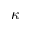
\kappa